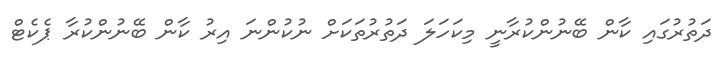
ދަތުރުގައި ކާން ބޭނުންކުރާނީ މިކަހަލަ ދަތުރުތަކަށް ނުކުންނަ އިރު ކާން ބޭނުންކުރާ ޕެކެޓް